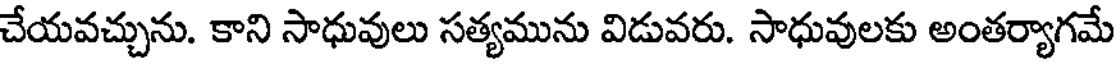
చేయవచ్చును. కాని సాధువులు సత్యమును విడువరు. సాధువులకు అంతర్యాగమే